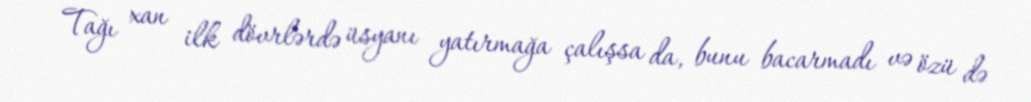
Tağı xan ilk dövrlərdə üsyanı yatırmağa çalışsa da, bunu bacarmadı və özü də